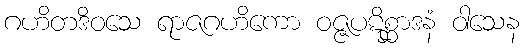
ဂဟိတဒိဝသေ ရာဇဂဟိကော ဝဇ္ဇပဋိစ္ဆာဒနံ ဝါသေန